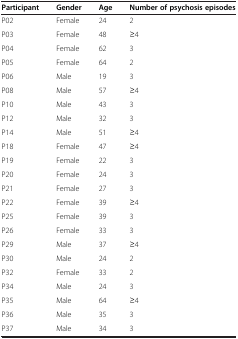
| Participant | Gender | Age | Number of psychosis episodes |
 | --- | --- | --- | --- |
 | P02 | Female | 24 | 2 |
 | P03 | Female | 48 | ≥4 |
 | P04 | Female | 62 | 3 |
 | P05 | Female | 64 | 2 |
 | P06 | Male | 19 | 3 |
 | P08 | Male | 57 | ≥4 |
 | P10 | Male | 43 | 3 |
 | P12 | Male | 32 | 3 |
 | P14 | Male | 51 | ≥4 |
 | P18 | Female | 47 | ≥4 |
 | P19 | Female | 22 | 3 |
 | P20 | Female | 24 | 3 |
 | P21 | Female | 27 | 3 |
 | P22 | Female | 39 | ≥4 |
 | P25 | Female | 39 | 3 |
 | P26 | Female | 33 | 3 |
 | P29 | Male | 37 | ≥4 |
 | P30 | Male | 24 | 2 |
 | P32 | Female | 33 | 2 |
 | P34 | Male | 24 | 3 |
 | P35 | Male | 64 | ≥4 |
 | P36 | Male | 35 | 3 |
 | P37 | Male | 34 | 3 |